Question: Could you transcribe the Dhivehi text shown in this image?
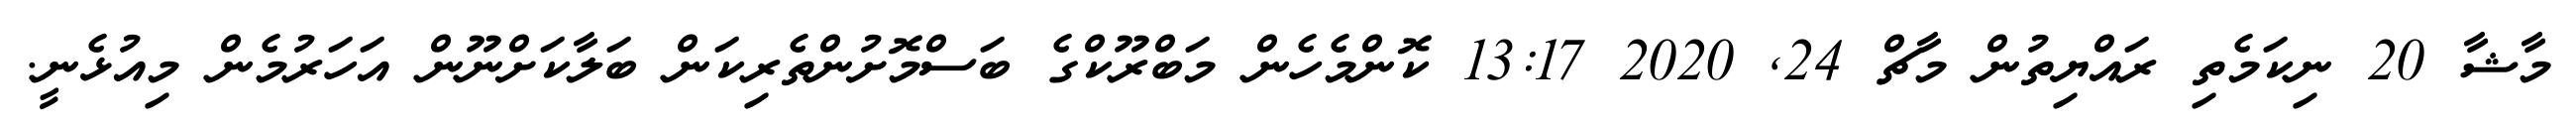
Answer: މާޝާ 20 ނިކަމެތި ރައްޔިތުން މާޗް 24, 2020 13:17 ކޮންމެހެން މަބްރޫކްގެ ބަސްމޮށުންތެރިކަން ބަލާކަށްނޫން އަހަރުމެން މިއުޅެނީ.